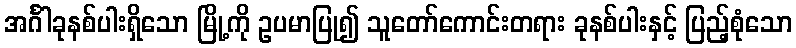
အင်္ဂါခုနစ်ပါးရှိသော မြို့ကို ဥပမာပြု၍ သူတော်ကောင်းတရား ခုနစ်ပါးနှင့် ပြည့်စုံသော